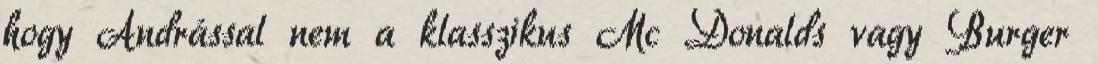
hogy Andrással nem a klasszikus Mc Donalds vagy Burger